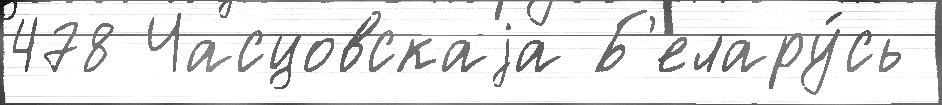
478 Часцовскаjа Б'елару́сь